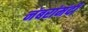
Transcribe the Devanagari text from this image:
नंबरांमंदी